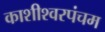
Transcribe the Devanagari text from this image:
काशीश्वरपंचम